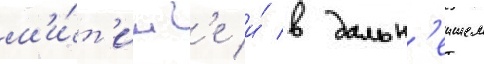
м'и́т'инг'е и́ в дальн'еишем